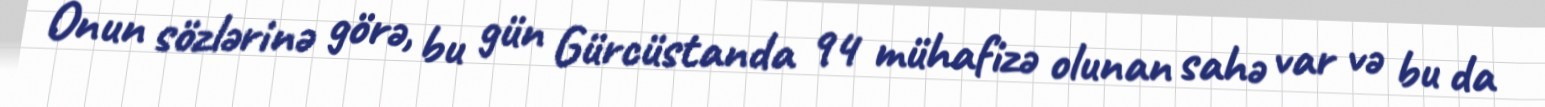
Onun sözlərinə görə, bu gün Gürcüstanda 94 mühafizə olunan sahə var və bu da